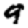
Digit: 9